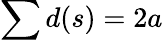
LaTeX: \sum d(s)=2a